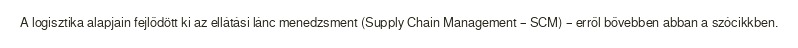
A logisztika alapjain fejlődött ki az ellátási lánc menedzsment (Supply Chain Management – SCM) – erről bővebben abban a szócikkben.